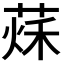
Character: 𦵒